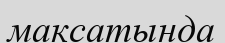
максатында